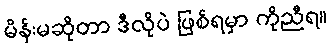
မိန်းမဆိုတာ ဒီလိုပဲ ဖြစ်ရမှာ ကိုညီရ။